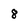
Character: 8